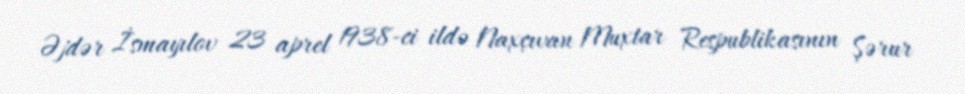
Əjdər İsmayılov 23 aprel 1938-ci ildə Naxçıvan Muxtar Respublikasının Şərur